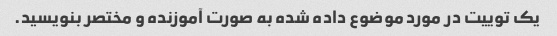
یک توییت در مورد موضوع داده شده به صورت آموزنده و مختصر بنویسید.